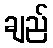
ချည်